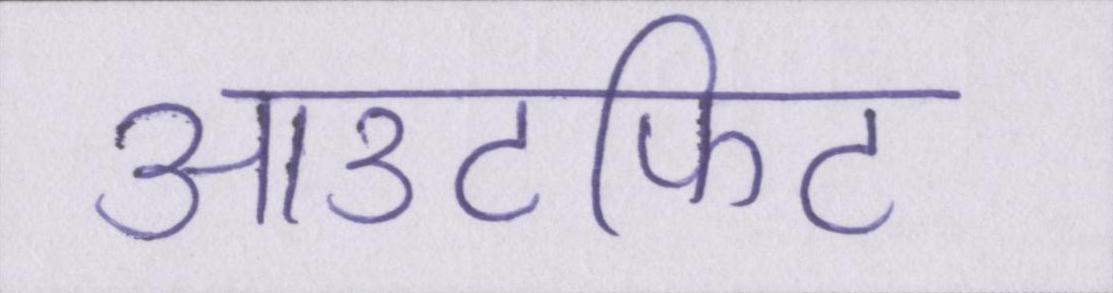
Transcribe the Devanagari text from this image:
आउटफिट